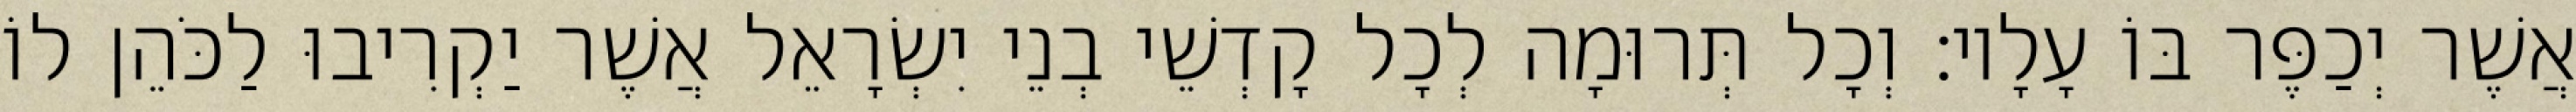
אֲשֶׁר יְכַפֶּר בּוֹ עָלָיו׃ וְכָל תְּרוּמָה לְכָל קָדְשֵׁי בְנֵי יִשְׂרָאֵל אֲשֶׁר יַקְרִיבוּ לַכֹּהֵן לוֹ